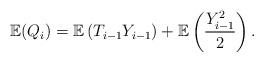
LaTeX: \begin{align*} \mathbb{E}(Q_i) &= \mathbb{E}\left(T_{i-1}Y_{i-1}\right)+\mathbb{E}\left(\frac{Y_{i-1}^2}{2}\right).\end{align*}